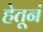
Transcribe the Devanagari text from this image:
हेतूनं